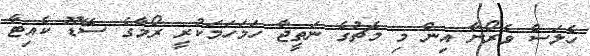
ހެލަސް ވެރޯނާ އިން މި މެޗުގެ ނަތީޖާ ހަމަހަމަކުރީ ރޯމާގެ ސޭޑޫ ކެއިޓާ